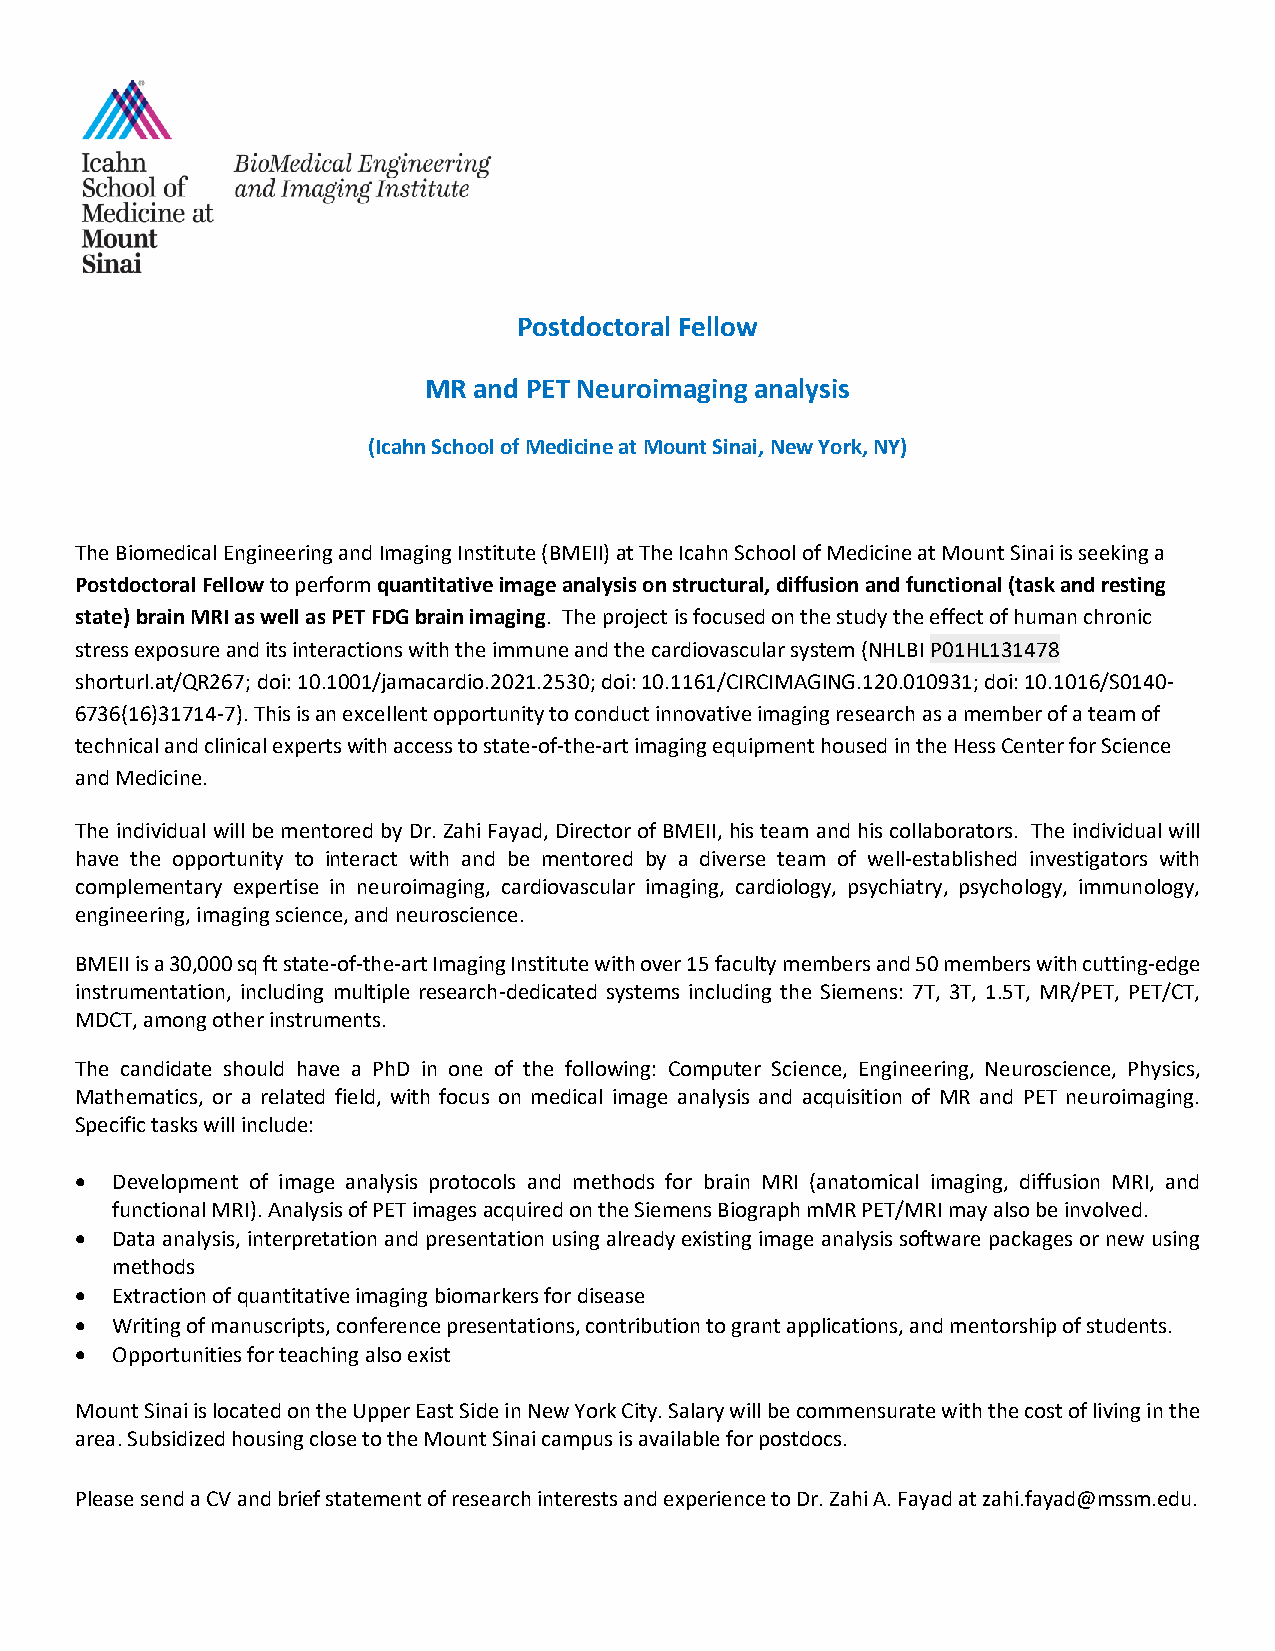
Postdoctoral Fellow
 MR and PET Neuroimaging analysis
 (Icahn School of Medicine at Mount Sinai, New York, NY)
 The Biomedical Engineering and Imaging Institute (BMEII) at The Icahn School of Medicine at Mount Sinai is seeking a
 Postdoctoral Fellow to perform quantitative image analysis on structural, diffusion and functional (task and resting
 state) brain MRI as well as PET FDG brain imaging. The project is focused on the study the effect of human chronic
 stress exposure and its interactions with the immune and the cardiovascular system (NHLBI P01HL131478
 shorturl.at/QR267; doi: 10.1001/jamacardio.2021.2530; doi: 10.1161/CIRCIMAGING.120.010931; doi: 10.1016/S0140-
 6736(16)31714-7). This is an excellent opportunity to conduct innovative imaging research as a member of a team of
 technical and clinical experts with access to state-of-the-art imaging equipment housed in the Hess Center for Science
 and Medicine.
 The individual will be mentored by Dr. Zahi Fayad, Director of BMEII, his team and his collaborators. The individual will
 have the opportunity to interact with and be mentored by a diverse team of well-established investigators with
 complementary expertise in neuroimaging, cardiovascular imaging, cardiology, psychiatry, psychology, immunology,
 engineering, imaging science, and neuroscience.
 BMEII is a 30,000 sq ft state-of-the-art Imaging Institute with over 15 faculty members and 50 members with cutting-edge
 instrumentation, including multiple research-dedicated systems including the Siemens: 7T, 3T, 1.5T, MR/PET, PET/CT,
 MDCT, among other instruments.
 The candidate should have a PhD in one of the following: Computer Science, Engineering, Neuroscience, Physics,
 Mathematics, or a related field, with focus on medical image analysis and acquisition of MR and PET neuroimaging.
 Specific tasks will include:
 • Development of image analysis protocols and methods for brain MRI (anatomical imaging, diffusion MRI, and
 functional MRI). Analysis of PET images acquired on the Siemens Biograph mMR PET/MRI may also be involved.
 • Data analysis, interpretation and presentation using already existing image analysis software packages or new using
 methods
 • Extraction of quantitative imaging biomarkers for disease
 • Writing of manuscripts, conference presentations, contribution to grant applications, and mentorship of students.
 • Opportunities for teaching also exist
 Mount Sinai is located on the Upper East Side in New York City. Salary will be commensurate with the cost of living in the
 area. Subsidized housing close to the Mount Sinai campus is available for postdocs.
 Please send a CV and brief statement of research interests and experience to Dr. Zahi A. Fayad at zahi.fayad@mssm.edu.